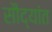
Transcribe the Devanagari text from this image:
सौद्यांत